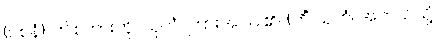
(ဝစနံ)၊ ဤစကားကို။ သုတံ၊ ကြားအပ်ပါ၏။ (ကိံ သုတံ၊ အဘယ်သို့